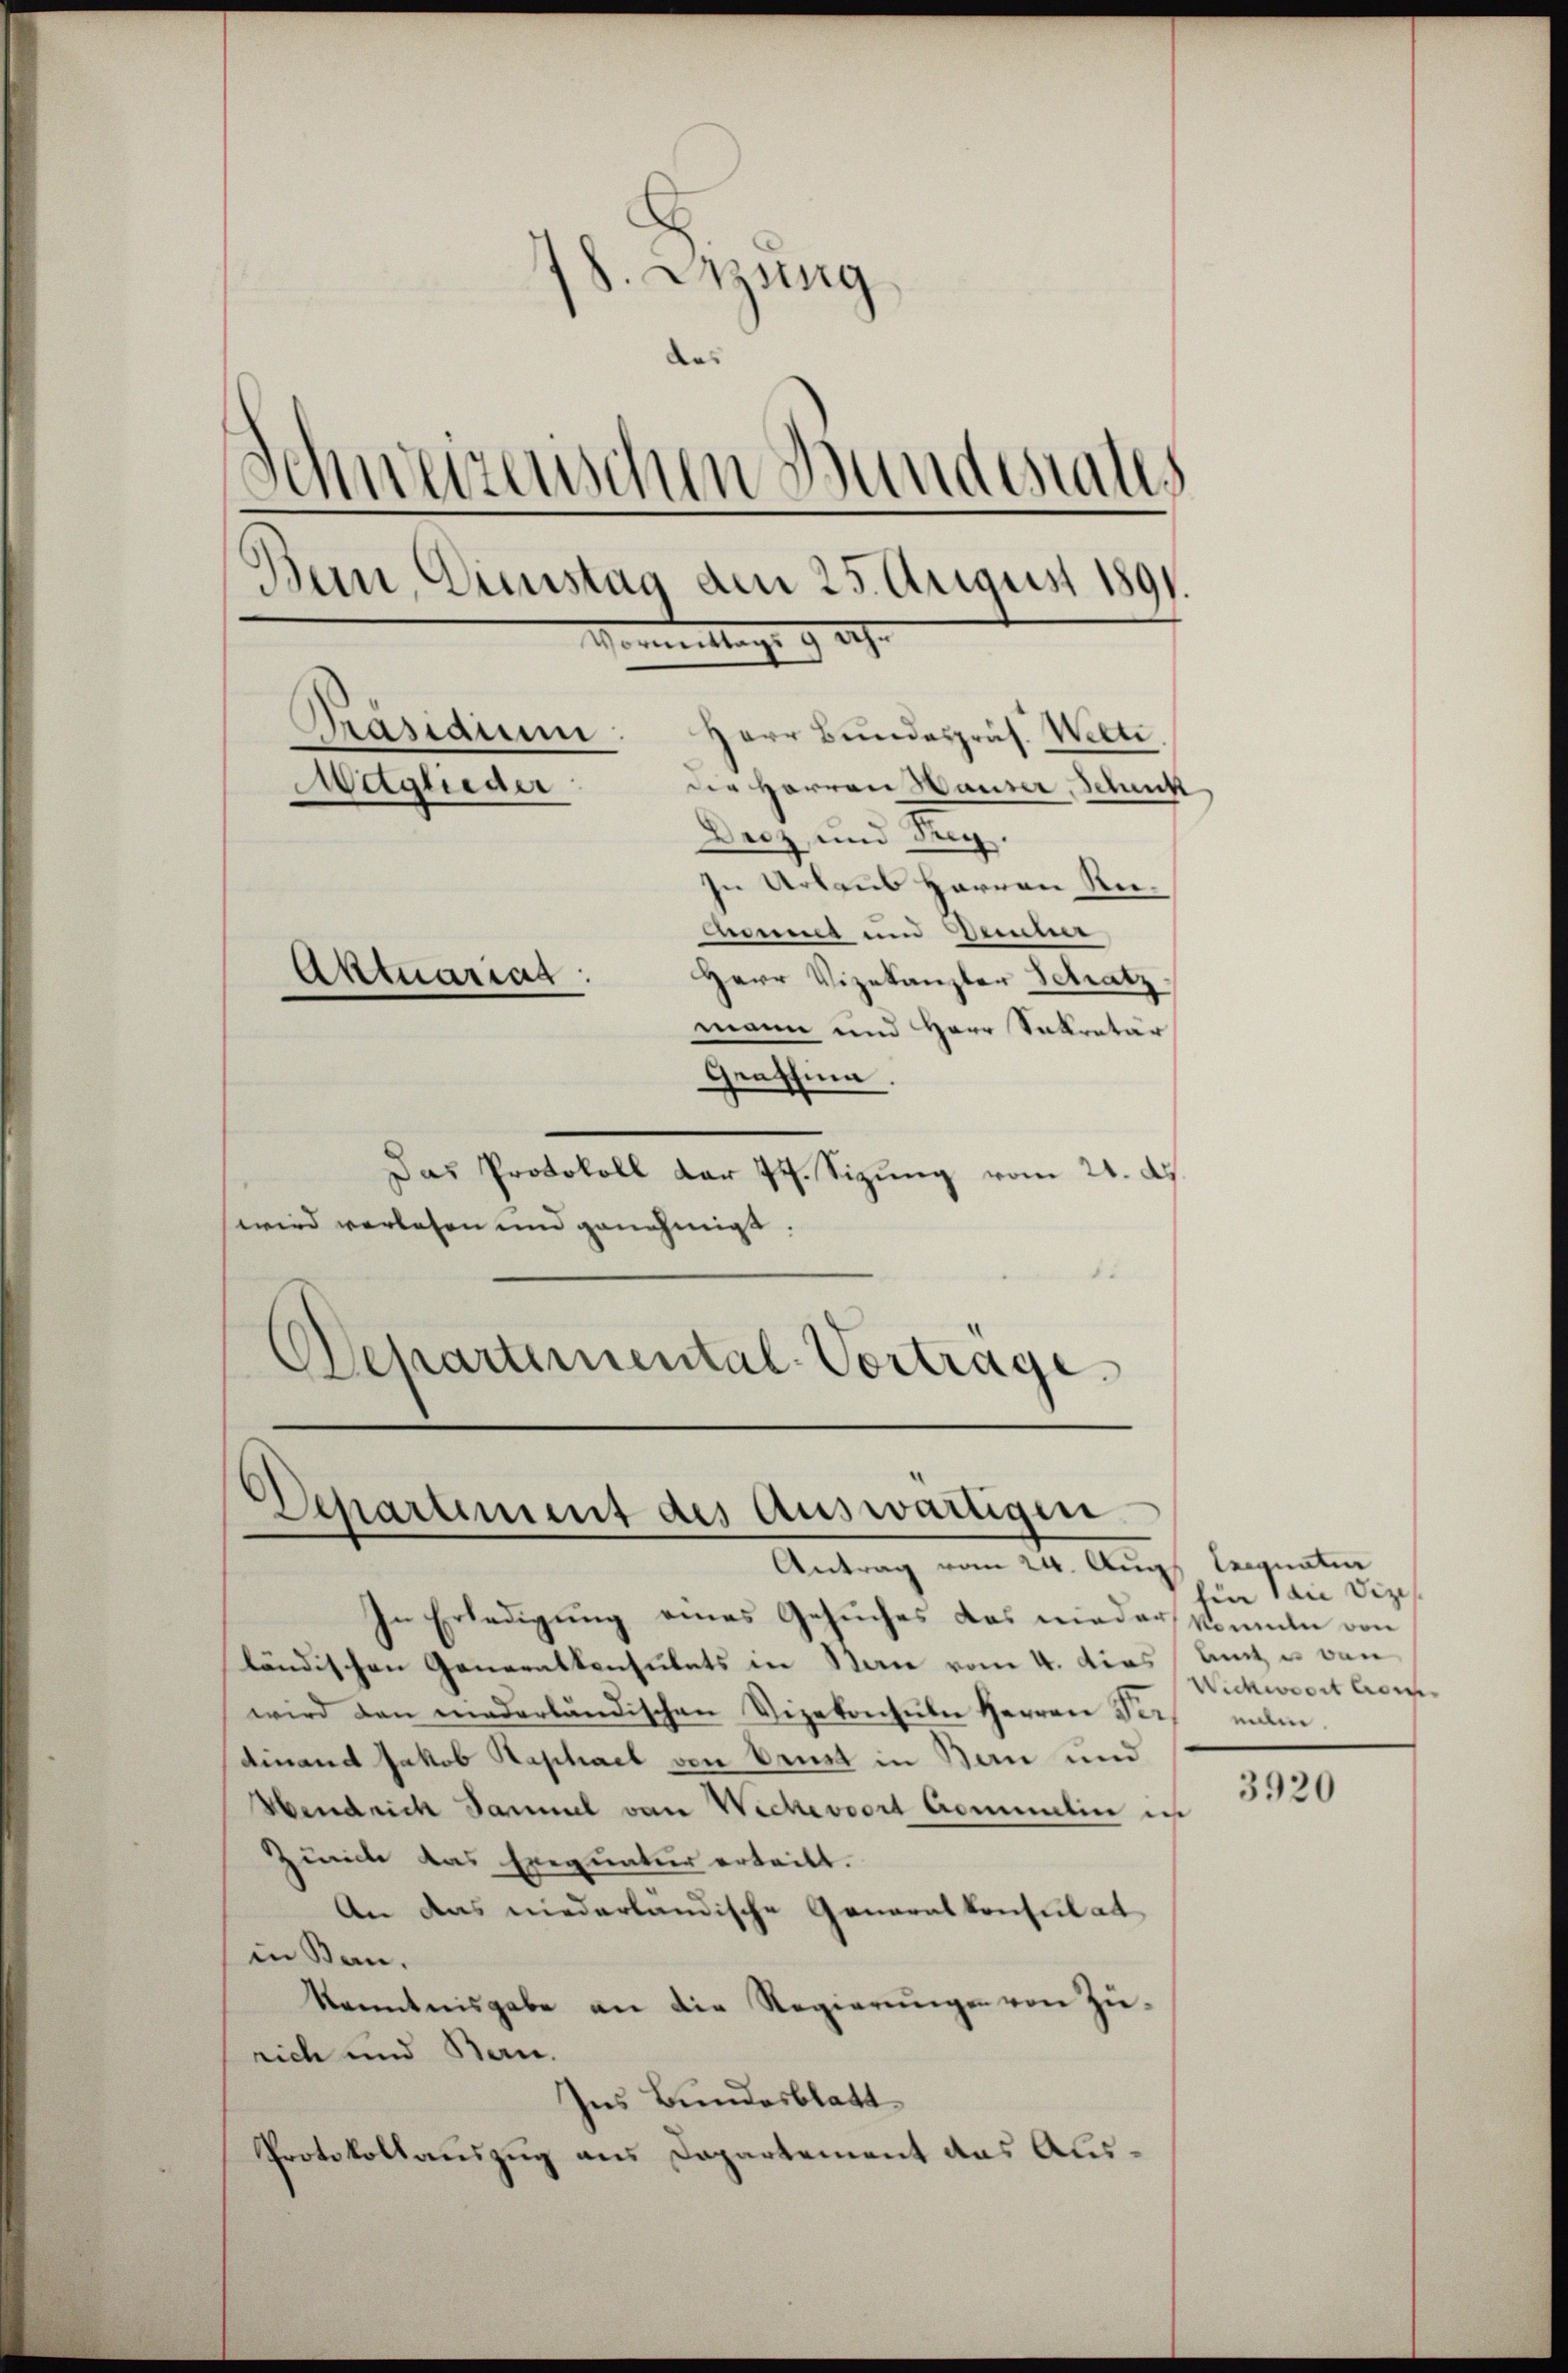
78. Sitzung
das
Schweizerischen Bundesrates
Bein Dienstag den 25. August 1891
Vermittags 9 20
Präsidium
Herr Bundespräs. Welti.
Maglieder
der Herren Hauser, Schenk
Decz und Seg.
In Urlaus Herren Remmet und Peter
Aktuariat
Herr Vizekanzler Schatz
mann und Herr Sekretär

Grassima.
Das Protokoll dar 74. Sizung vom 21. d.
wird verlesen und genehmigt.
1
Ochartemental-Vortrage

d
Departement des Auswärtigen
Antrag vom 24. Aug.

In Erledigung eines Gesuches das nieder konnte von
ländischen Generalkonsulats in Sane vom 4. dies Amt u. von
wird den niederländischen Vizekonsuln Herren Perdinand Jakob Kaphael von Ort in Bern und
Hendrich Sammel von Weckevoort Commelin in
Zürich das Exequatur erteilt.
An das niederlandische Generalkonsulat
in Ban.
kenntnisgabe an die Regierŭngen von Zürich und Bern.
Ins Bundesblatt
Protokollauszug aus Dapartement das Aus¬

Seequaten
hin an Vize
Wichwort vor
nilen.

3920